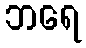
ဘရေ